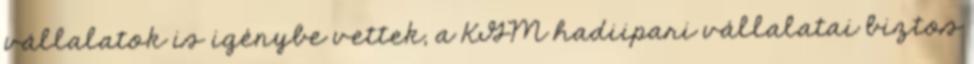
vállalatok is igénybe vettek, a KGM hadiipari vállalatai biztos